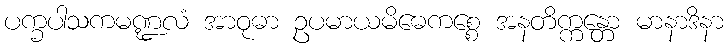
ပက္ခပါသကမဏ္ဍလံ အာဝုဓာ ဥပမာယမိဓေကစ္စေ အနတိက္ကန္တော မာနာဒိနာ